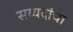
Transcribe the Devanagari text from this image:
सय्यदांचा